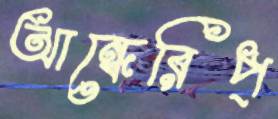
আন্ধেরিপ্